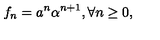
f _ { n } = a ^ { n } \alpha ^ { n + 1 } , \forall n \geq 0 , \ \